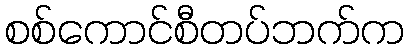
စစ်ကောင်စီတပ်ဘက်က